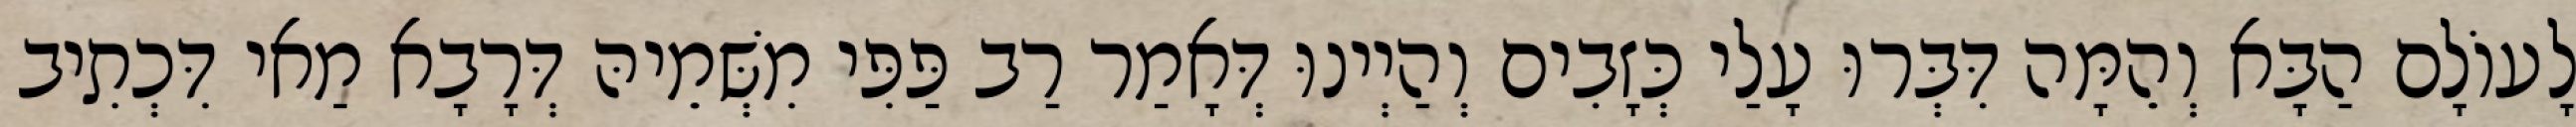
לָעוֹלָם הַבָּא וְהֵמָּה דִּבְּרוּ עָלַי כְּזָבִים וְהַיְינוּ דְּאָמַר רַב פַּפִּי מִשְּׁמֵיהּ דְּרָבָא מַאי דִּכְתִיב